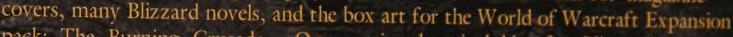
covers, many Blizzard novels, and the box art for the World of Warcraft Expansion